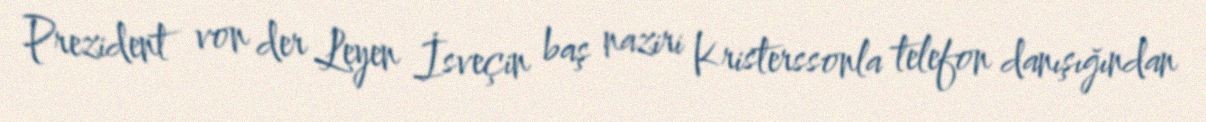
Prezident von der Leyen İsveçin baş naziri Kristerssonla telefon danışığından